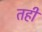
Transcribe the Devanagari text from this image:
तहीं